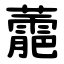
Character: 蘎